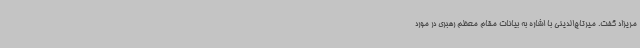
مریزاد گفت. میرتاج‌الدینی با اشاره به بیانات مقام معظم رهبری در مورد